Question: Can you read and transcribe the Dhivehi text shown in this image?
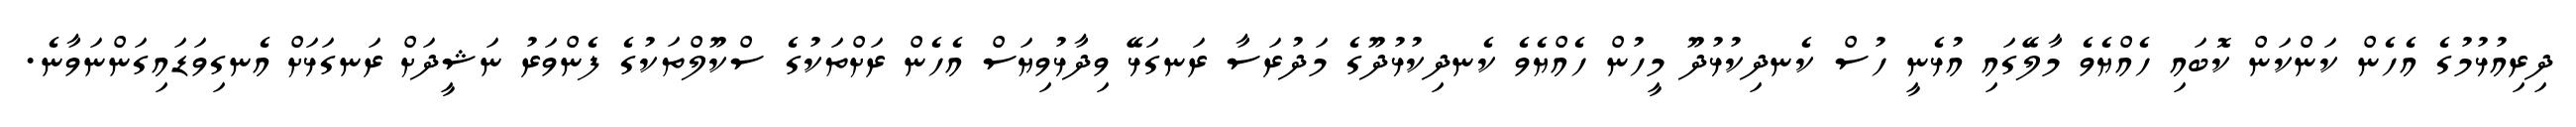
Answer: ދިރިއުޅުމުގެ އެހެން ކަންކަން ކޮބައި ހެއްޔެވެ މާލޭގައި އުޅެނީ ހުސް ކެނދިކުޅުދޫ މީހުން ހެއްޔެވެ ކެނދިކުޅުދޫގެ މަދުރަސާ ރަނގަޅޭ ވިދާޅުވިޔަސް އެހެން ރަށްތަކުގެ ސްކޫލްތަކުގެ ފެންވަރު ނަޝީދަށް ރަނގަޅަށް އެނގިވަޑައިގަންނަވާނެ.